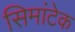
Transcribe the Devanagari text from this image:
सिमांटेक